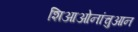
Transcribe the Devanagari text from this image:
शिआओनांचुआन